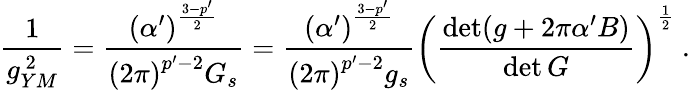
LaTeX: \frac{1}{g_{YM}^{\ 2}}=\frac{\left(\alpha^{\prime}\right)^{\frac{3-p^{\prime}}{2}}}{\left(2\pi\right)^{p^{\prime}-2}G_{s}}=\frac{\left(\alpha^{\prime}\right)^{\frac{3-p^{\prime}}{2}}}{\left(2\pi\right)^{p^{\prime}-2}g_{s}}\left(\frac{\operatorname*{det}(g+2\pi\alpha^{\prime}B)}{\operatorname*{det}G}\right)^{\frac{1}{2}}~.